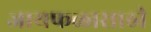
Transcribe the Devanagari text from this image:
जायफळासाठी